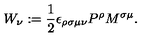
W _ { \nu } : = \frac { 1 } { 2 } \epsilon _ { \rho \sigma \mu \nu } P ^ { \rho } M ^ { \sigma \mu } .